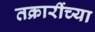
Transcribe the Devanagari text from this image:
तक्रारींच्या